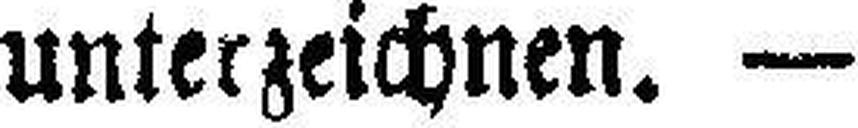
unterzeichnen. —